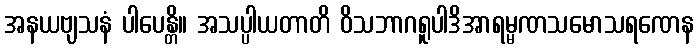
အနယဗျသနံ ပါပေန္တိ။ အသပ္ပါယတာတိ ဝိသဘာဂရူပါဒိအာရမ္မဏသမောသရဏေန